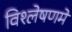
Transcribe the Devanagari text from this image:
विश्लेषणमें